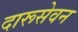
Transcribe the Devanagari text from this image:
दारूसेवन